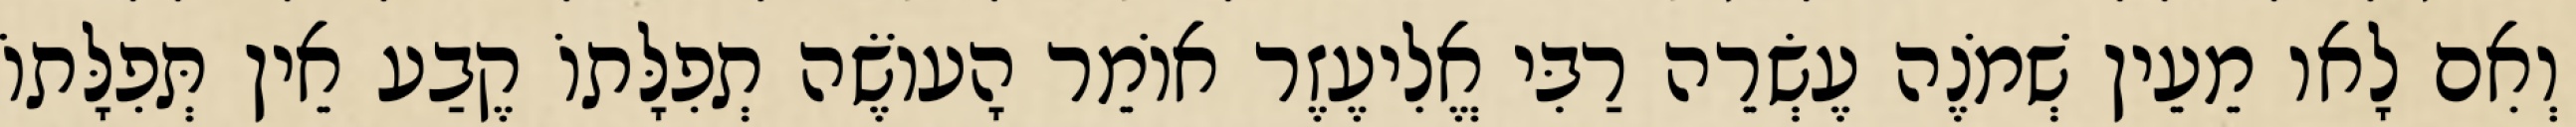
וְאִם לָאו מֵעֵין שְׁמֹנֶה עֶשְׂרֵה רַבִּי אֱלִיעֶזֶר אוֹמֵר הָעוֹשֶׂה תְפִלָּתוֹ קֶבַע אֵין תְּפִלָּתוֹ